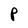
Character: P